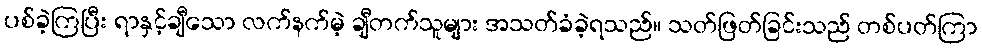
ပစ်ခဲ့ကြပြီး ရာနှင့်ချီသော လက်နက်မဲ့ ချီတက်သူများ အသတ်ခံခဲ့ရသည်။ သတ်ဖြတ်ခြင်းသည် တစ်ပတ်ကြာ